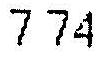
7.74